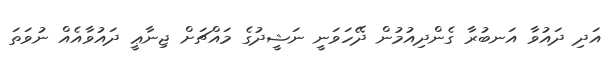
އަދި ދައުވާ އަނބުރާ ގެންދިއުމުން ދޭހަވަނީ ނަޝީދުގެ މައްޗަށް ޖިނާޢީ ދައުވާއެއް ނުވަތަ